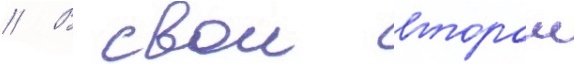
// В свои второи